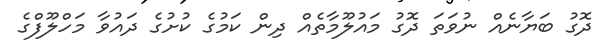
ދޮގު ބަޔާނެއް ނުވަތަ ދޮގު މައުލޫމާތެއް ދިން ކަމުގެ ކުށުގެ ދައުވާ މަހްލޫފްގެ